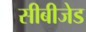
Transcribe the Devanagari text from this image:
सीबीजेड